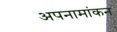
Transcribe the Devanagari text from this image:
अपनामांकन